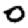
Digit: 0